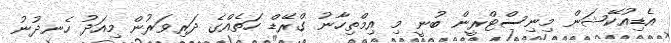
އެޑިއުކޭޝަން މިނިސްޓްރީން ބުނީ މި އިމްތިހާނު ގްރޭޑް ހަތެއްގެ ދަރިވަރުން މިއަދު ހެނދުނު